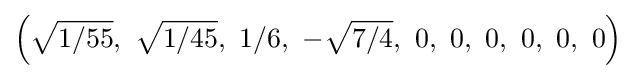
\left({\sqrt {1/55}},\ {\sqrt {1/45}},\ 1/6,\ -{\sqrt {7/4}},\ 0,\ 0,\ 0,\ 0,\ 0,\ 0\right)